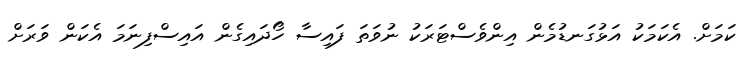
ކަމަށް. އެކަމަކު އަޅުގަނޑުމެން އިންވެސްޓަރަކު ނުވަތަ ފައިސާ ހޯދައިގެން އައިސްފިނަަމަ އެކަން ވަރަށް